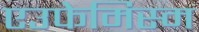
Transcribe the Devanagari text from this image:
एउफेमिस्म